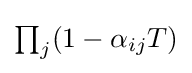
\textstyle \prod _{j}(1-\alpha _{ij}T)